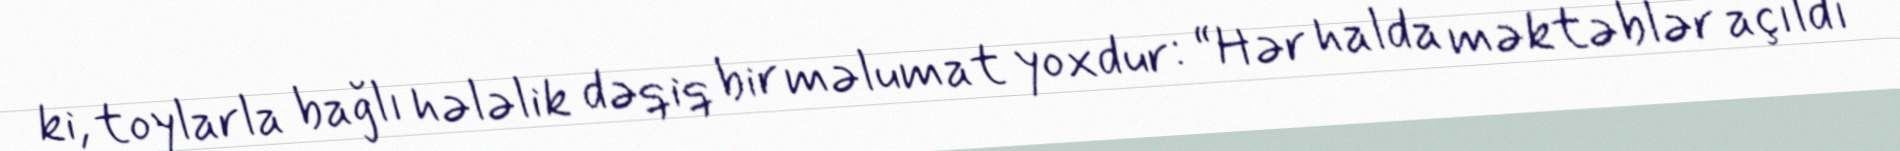
ki, toylarla bağlı hələlik dəqiq bir məlumat yoxdur: “Hər halda məktəblər açıldı